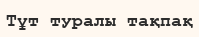
Тұт туралы тақпақ